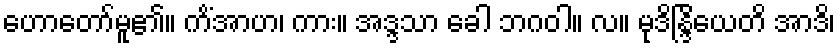
ဟောတော်မူ၏။ ကိံအာဟ၊ ကား။ အဒ္ဒသာ ခေါ ဘဂဝါ။ လ။ မုဒိန္ဒြိယေတိ အာဒိ၊